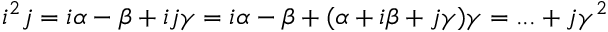
i ^ { 2 } j = i \alpha - \beta + i j \gamma = i \alpha - \beta + ( \alpha + i \beta + j \gamma ) \gamma = . . . + j \gamma ^ { 2 }